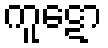
ကူဋော